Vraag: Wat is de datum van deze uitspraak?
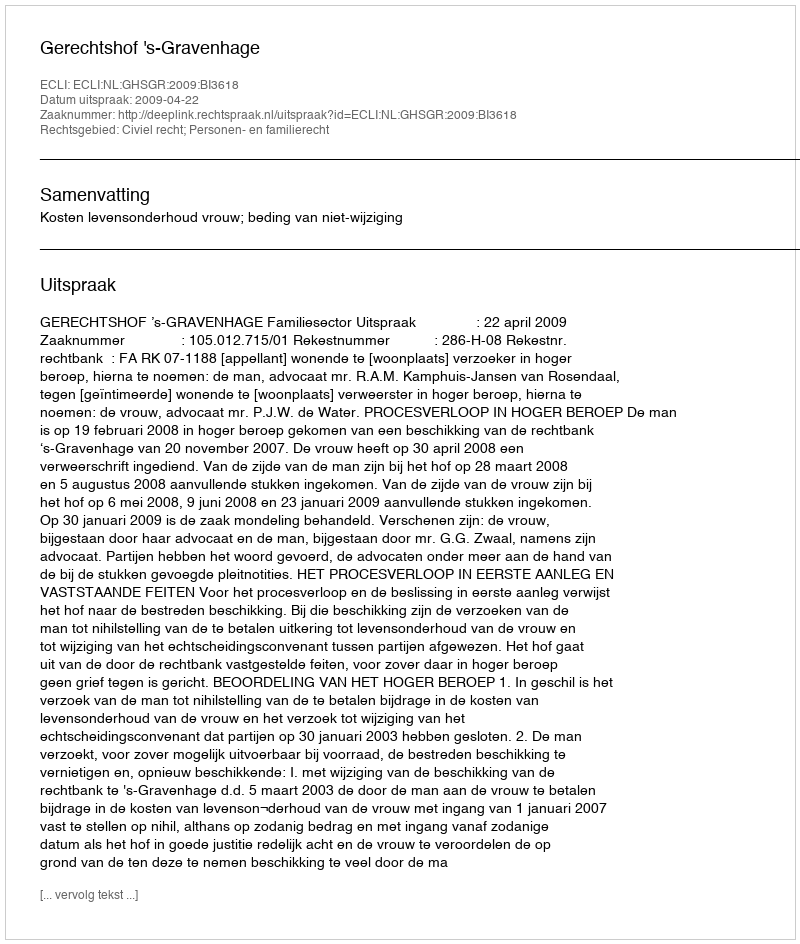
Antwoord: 2009-04-22